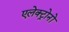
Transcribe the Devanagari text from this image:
एलेक्ट्रोनों